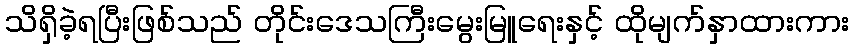
သိရှိခဲ့ရပြီးဖြစ်သည် တိုင်းဒေသကြီးမွေးမြူရေးနှင့် ထိုမျက်နှာထားကား